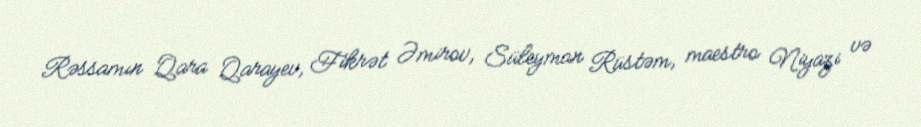
Rəssamın Qara Qarayev, Fikrət Əmirov, Süleyman Rüstəm, maestro Niyazi və